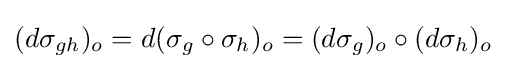
(d\sigma _{gh})_{o}=d(\sigma _{g}\circ \sigma _{h})_{o}=(d\sigma _{g})_{o}\circ (d\sigma _{h})_{o}